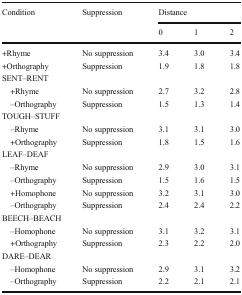
<table><thead><tr><td rowspan="2"><b>Condition</b></td><td rowspan="2"><b>Suppression</b></td><td colspan="3"><b>Distance</b></td></tr><tr><td><b>0</b></td><td><b>1</b></td><td><b>2</b></td></tr></thead><tbody><tr><td>+Rhyme</td><td>No suppression</td><td>3.4</td><td>3.0</td><td>3.4</td></tr><tr><td>+Orthography</td><td>Suppression</td><td>1.9</td><td>1.8</td><td>1.8</td></tr><tr><td colspan="5">SENT–RENT</td></tr><tr><td> +Rhyme</td><td>No suppression</td><td>2.7</td><td>3.2</td><td>2.8</td></tr><tr><td> –Orthography</td><td>Suppression</td><td>1.5</td><td>1.3</td><td>1.4</td></tr><tr><td colspan="5">TOUGH–STUFF</td></tr><tr><td> –Rhyme</td><td>No suppression</td><td>3.1</td><td>3.1</td><td>3.0</td></tr><tr><td> +Orthography</td><td>Suppression</td><td>1.8</td><td>1.5</td><td>1.6</td></tr><tr><td colspan="5">LEAF–DEAF</td></tr><tr><td> –Rhyme</td><td>No suppression</td><td>2.9</td><td>3.0</td><td>3.1</td></tr><tr><td> –Orthography</td><td>Suppression</td><td>1.5</td><td>1.6</td><td>1.5</td></tr><tr><td> +Homophone</td><td>No suppression</td><td>3.2</td><td>3.1</td><td>3.0</td></tr><tr><td> –Orthography</td><td>Suppression</td><td>2.4</td><td>2.4</td><td>2.2</td></tr><tr><td colspan="5">BEECH–BEACH</td></tr><tr><td> –Homophone</td><td>No suppression</td><td>3.1</td><td>3.2</td><td>3.1</td></tr><tr><td> +Orthography</td><td>Suppression</td><td>2.3</td><td>2.2</td><td>2.0</td></tr><tr><td colspan="5">DARE–DEAR</td></tr><tr><td> –Homophone</td><td>No suppression</td><td>2.9</td><td>3.1</td><td>3.2</td></tr><tr><td> –Orthography</td><td>Suppression</td><td>2.2</td><td>2.1</td><td>2.1</td></tr></tbody></table>